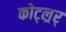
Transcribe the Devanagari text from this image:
कोट्ल्रर्